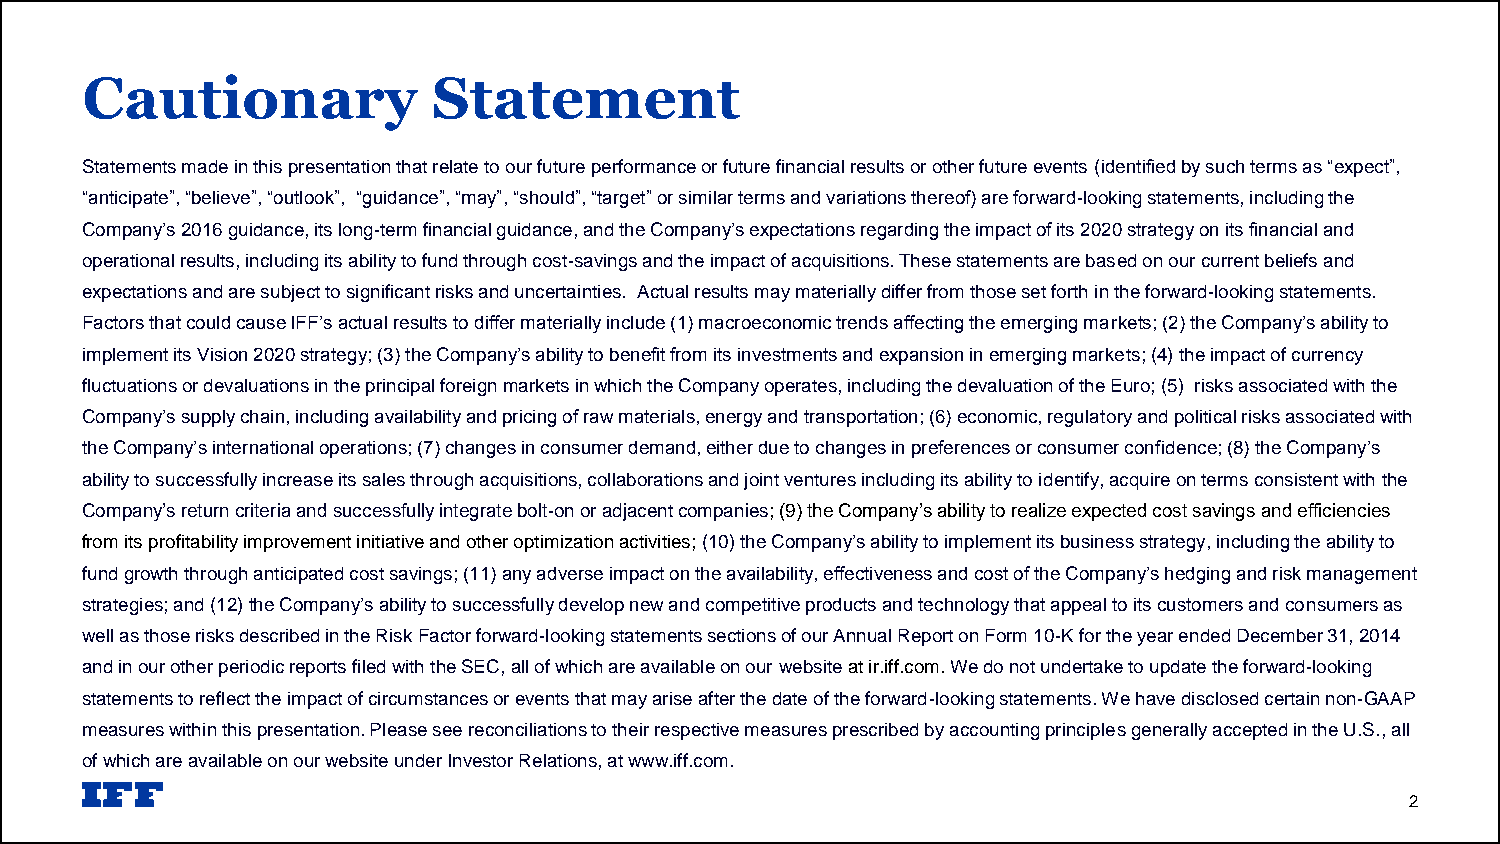
Cautionary              Statement
 Statements made in this presentation that relate to our future performance or future financial results or other future events (identified by such terms as “expect”,
 “anticipate”, “believe”, “outlook”, “guidance”, “may”, “should”, “target” or similar terms and variations thereof) are forward-looking statements, including the
 Company’s 2016 guidance, its long-term financial guidance, and the Company’s expectations regarding the impact of its 2020 strategy on its financial and
 operational results, including its ability to fund through cost-savings and the impact of acquisitions. These statements are based on our current beliefs and
 expectations and are subject to significant risks and uncertainties. Actual results may materially differ from those set forth in the forward-looking statements.
 Factors that could cause IFF’s actual results to differ materially include (1) macroeconomic trends affecting the emerging markets; (2) the Company’s ability to
 implement its Vision 2020 strategy; (3) the Company’s ability to benefit from its investments and expansion in emerging markets; (4) the impact of currency
 fluctuations or devaluations in the principal foreign markets in which the Company operates, including the devaluation of the Euro; (5) risks associated with the
 Company’s supply chain, including availability and pricing of raw materials, energy and transportation; (6) economic, regulatory and political risks associated with
 the Company’s international operations; (7) changes in consumer demand, either due to changes in preferences or consumer confidence; (8) the Company’s
 ability to successfully increase its sales through acquisitions, collaborations and joint ventures including its ability to identify, acquire on terms consistent with the
 Company’s return criteria and successfully integrate bolt-on or adjacent companies; (9) the Company’s ability to realize expected cost savings and efficiencies
 from its profitability improvement initiative and other optimization activities; (10) the Company’s ability to implement its business strategy, including the ability to
 fund growth through anticipated cost savings; (11) any adverse impact on the availability, effectiveness and cost of the Company’s hedging and risk management
 strategies; and (12) the Company’s ability to successfully develop new and competitive products and technology that appeal to its customers and consumers as
 well as those risks described in the Risk Factor forward-looking statements sections of our Annual Report on Form 10-K for the year ended December 31, 2014
 and in our other periodic reports filed with the SEC, all of which are available on our website at ir.iff.com. We do not undertake to update the forward-looking
 statements to reflect the impact of circumstances or events that may arise after the date of the forward-looking statements. We have disclosed certain non-GAAP
 measures within this presentation. Please see reconciliations to their respective measures prescribed by accounting principles generally accepted in the U.S., all
 of which are available on our website under Investor Relations, at www.iff.com.
 2